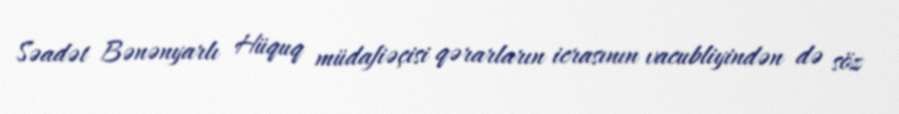
Səadət Bənənyarlı Hüquq müdafiəçisi qərarların icrasının vacubliyindən də söz